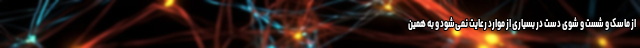
از ماسک و شست و شوی دست در بسیاری از موارد رعایت نمی‌شود و به همین